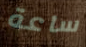
ساعة